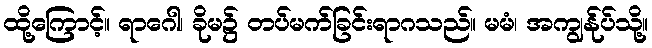
ထို့ကြောင့်။ ရာဂေါ၊ ခိုမ၌ တပ်မက်ခြင်းရာဂသည်။ မမံ၊ အကျွန်ုပ်သို့။